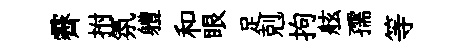
霽拊氛軆和眼足剋拘舷孺等